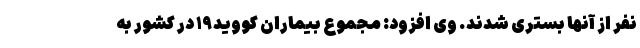
نفر از آنها بستری شدند. وی افزود: مجموع بیماران کووید۱۹ در کشور به